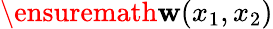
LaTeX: \ensuremath{\mathbf{w}}(x_{1},x_{2})